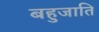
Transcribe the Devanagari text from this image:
बहुजाति